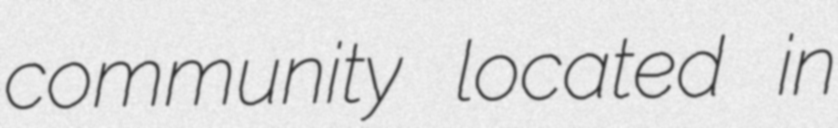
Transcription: community located in